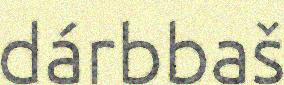
dárbbaš